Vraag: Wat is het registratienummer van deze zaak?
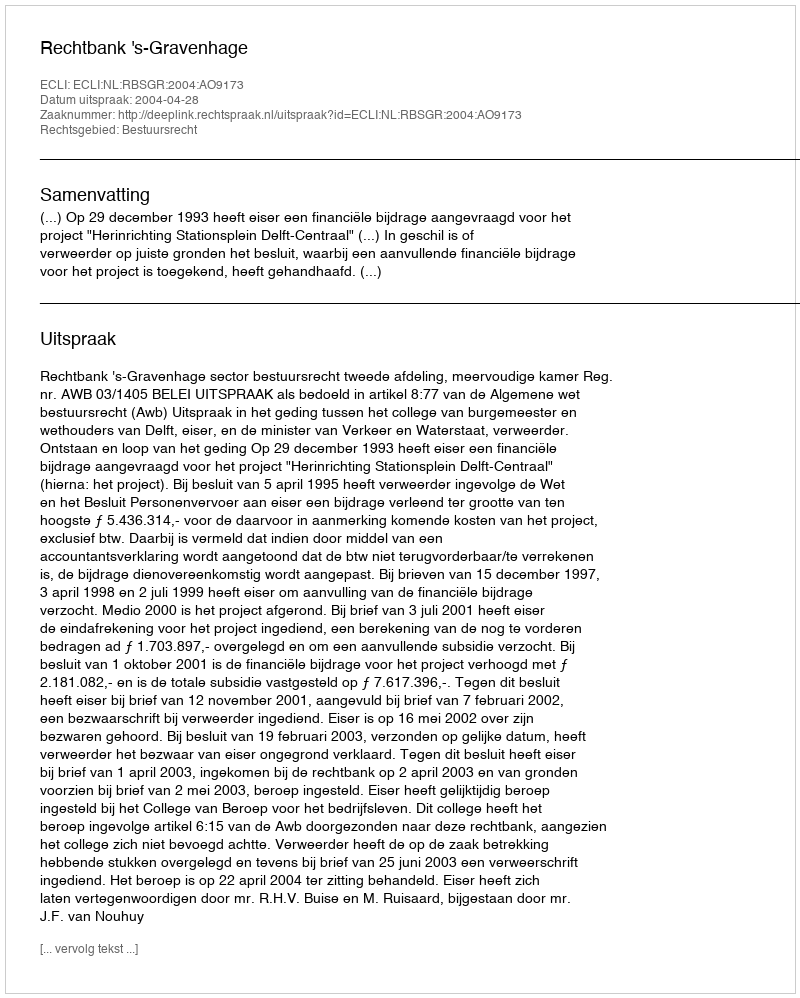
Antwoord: http://deeplink.rechtspraak.nl/uitspraak?id=ECLI:NL:RBSGR:2004:AO9173